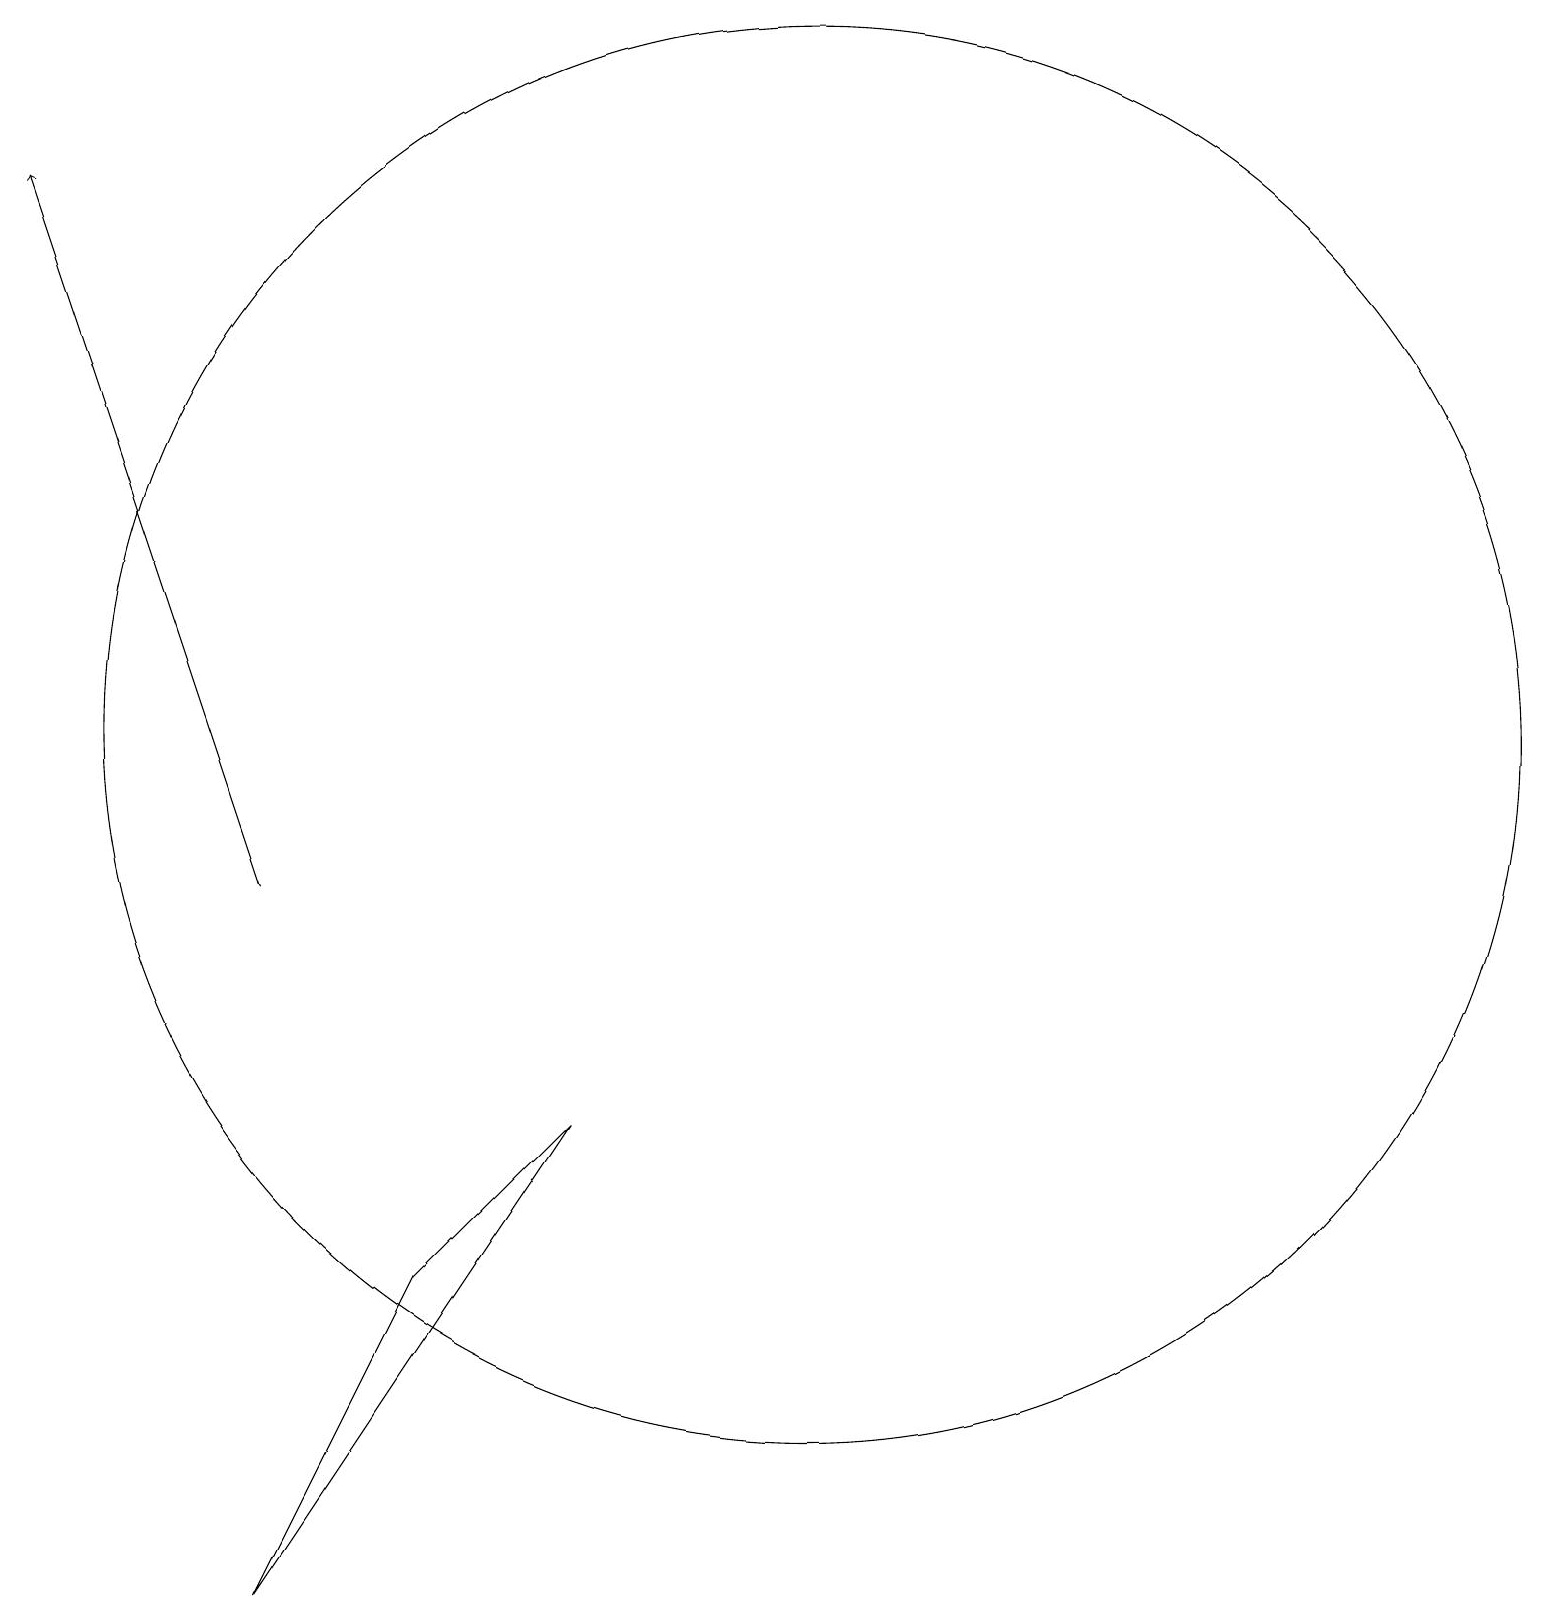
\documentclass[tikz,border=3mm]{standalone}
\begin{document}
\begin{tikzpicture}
\draw[->] (4,10) -- (1,19);
\draw (11,12) circle (9);
\draw (8,7) -- (6,5) -- (4,1) -- cycle;
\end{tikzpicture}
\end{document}